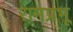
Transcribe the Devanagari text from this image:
रामप्रभू